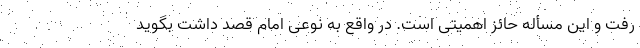
رفت و این مسأله حائز اهمیتی است. در واقع به نوعی امام قصد داشت بگوید